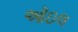
ઑઇલ